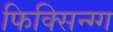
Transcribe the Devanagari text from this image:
फिक्सिन्ग्ग